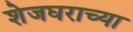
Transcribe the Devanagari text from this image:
शेजघराच्या